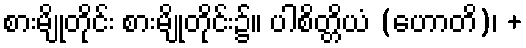
စားမျိုတိုင်း စားမျိုတိုင်း၌။ ပါစိတ္တိယံ (ဟောတိ)၊ +